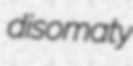
disomaty